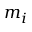
m _ { i }